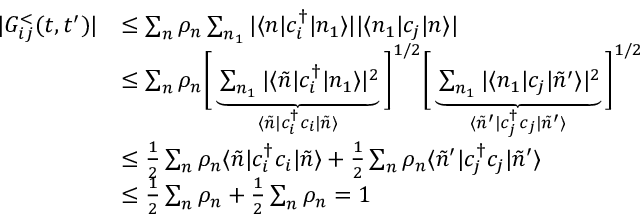
\begin{array} { r l } { | G _ { i j } ^ { < } ( t , t ^ { \prime } ) | } & { \leq \sum _ { n } \rho _ { n } \sum _ { n _ { 1 } } | \langle n | c _ { i } ^ { \dagger } | n _ { 1 } \rangle | | \langle n _ { 1 } | c _ { j } | n \rangle | } \\ & { \leq \sum _ { n } \rho _ { n } \bigg [ \underbrace { \sum _ { n _ { 1 } } | \langle \Tilde { n } | c _ { i } ^ { \dagger } | n _ { 1 } \rangle | ^ { 2 } } _ { \langle \Tilde { n } | c _ { i } ^ { \dagger } c _ { i } | \Tilde { n } \rangle } \bigg ] ^ { 1 / 2 } \bigg [ \underbrace { \sum _ { n _ { 1 } } | \langle n _ { 1 } | c _ { j } | \Tilde { n } ^ { \prime } \rangle | ^ { 2 } } _ { \langle \Tilde { n } ^ { \prime } | c _ { j } ^ { \dagger } c _ { j } | \Tilde { n } ^ { \prime } \rangle } \bigg ] ^ { 1 / 2 } } \\ & { \leq \frac { 1 } { 2 } \sum _ { n } \rho _ { n } \langle \Tilde { n } | c _ { i } ^ { \dagger } c _ { i } | \Tilde { n } \rangle + \frac { 1 } { 2 } \sum _ { n } \rho _ { n } \langle \Tilde { n } ^ { \prime } | c _ { j } ^ { \dagger } c _ { j } | \Tilde { n } ^ { \prime } \rangle } \\ & { \leq \frac { 1 } { 2 } \sum _ { n } \rho _ { n } + \frac { 1 } { 2 } \sum _ { n } \rho _ { n } = 1 } \end{array}